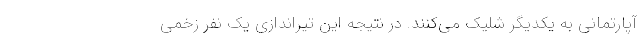
آپارتمانی به یکدیگر شلیک می‌کنند. در نتیجه این تیراندازی یک نفر زخمی